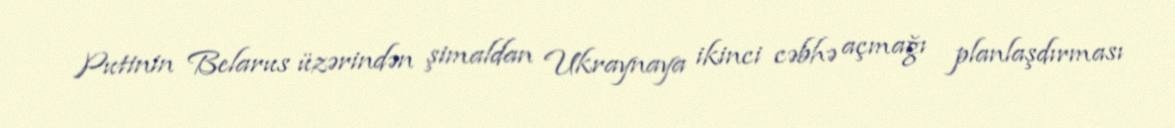
Putinin Belarus üzərindən şimaldan Ukraynaya ikinci cəbhə açmağı planlaşdırması